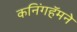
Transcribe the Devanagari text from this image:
कनिंगहॅमने